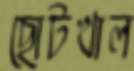
ছোটখাল